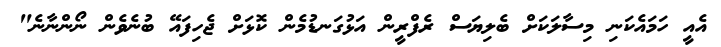
އެއީ ހަމައެކަނި މިސާލަކަށް ބެލިޔަސް ރެފްރީން އަޅުގަނޑުމެން ކޮޅަށް ޖެހިފައޭ ބުނެވެން ނޯންނާނެ"